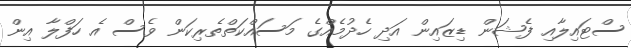
ސްޓައިލާއި ފެޝަން ޑިޒައިން އަދި ހެދުމެއްގެ މަސައްކަތްތެރިކަން ވެސް އެ ހަފްލާ އިން